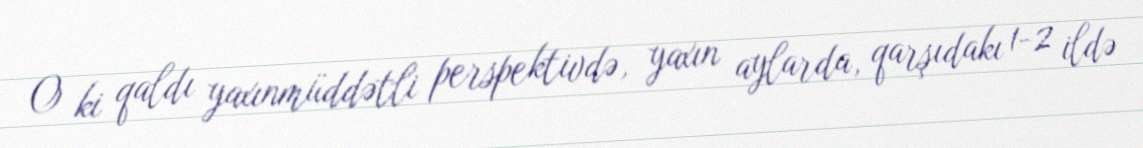
O ki qaldı yaxınmüddətli perspektivdə, yaxın aylarda, qarşıdakı 1-2 ildə